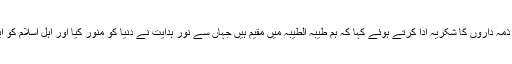
وقار سندھی نے جامعہ کے ذمہ داروں کا شکریہ ادا کرتے ہوئے کہا کہ ہم طیبہ الطیبہ میں مقیم ہیں جہاں سے نور ہدایت نے دنیا کو منور کیا اور اہل اسلام کو ایک دوسرے کا بھائی بنا یا ۔